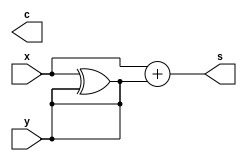
module half_add(x,y,s,c);
  input x,y;
  output s,c;
  assign s = x+y;
  assign y = x^y;
endmodule